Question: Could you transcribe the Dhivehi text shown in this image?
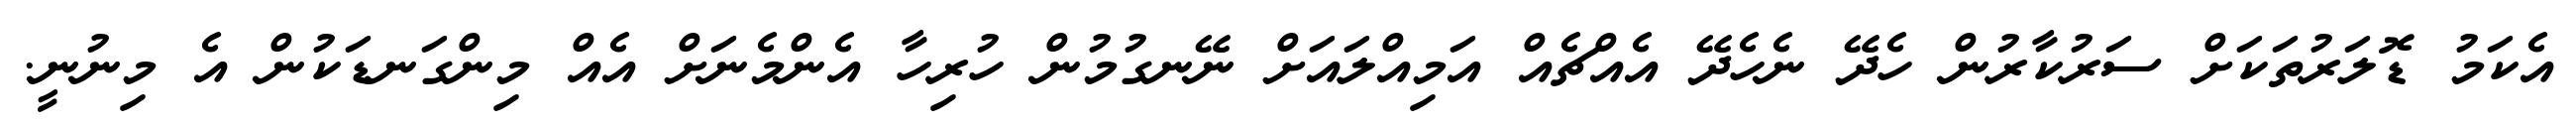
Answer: އެކަމު ޑޮލަރުތަކަށް ސަރުކާރުން ހެދޭ ނެހެދޭ އެއްޗެއް އަމިއްލައަށް ނޭނގުމުން ހުރިހާ އެންމެނަށް އެއް މިންގަނޑަކުން އެ މިނުނީ.